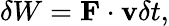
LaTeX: \delta W=\mathbf{F}\cdot\mathbf{v}\delta t,